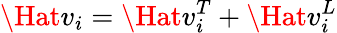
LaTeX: \Hat{v}_{i}=\Hat{v}_{i}^{T}+\Hat{v}_{i}^{L}